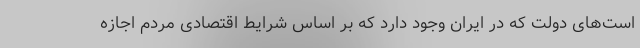
است‌های دولت که در ایران وجود دارد که بر اساس شرایط اقتصادی مردم اجازه